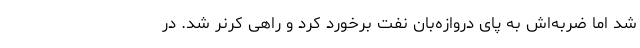
شد اما ضربه‌اش به پای دروازه‌بان نفت برخورد کرد و راهی کرنر شد. در